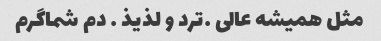
مثل همیشه عالی …ترد و لذیذ … دم شماگرم